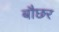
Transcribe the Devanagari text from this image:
बौछर